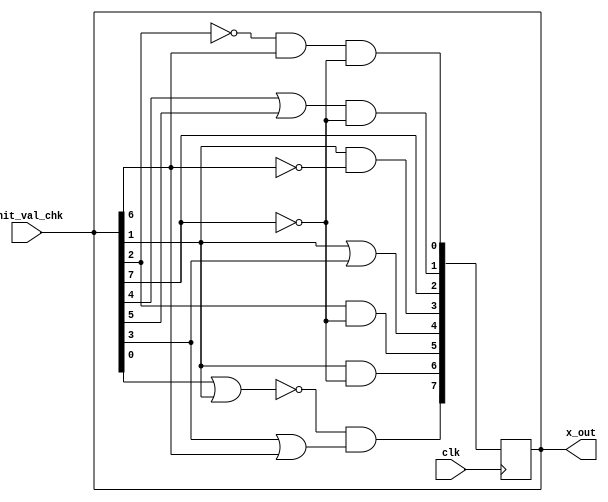
`timescale 1ns/100ps
module gene_net(clk, init_val_chk, x_out);
	input wire clk;					//clock signal
	input wire [7:0] init_val_chk;	//init value
	output reg [7:0] x_out;			//x[t+1]
	reg [7:0] state;				//x[t]
	reg [7:0] x;					//temporary value

	always @(init_val_chk)	begin	//if init val changed
		x_out = init_val_chk;		//set x[t] == init val
	end

	always @(posedge clk)	begin		//synchronized with positive edge clock signal
		state = x_out;
		x[0] = ~state[2] & state[6] & ~state[7];
		x[1] = (state[4] | state[5]) & ~state[7];
		x[2] = state[7];
		x[3] = state[1] & ~state[6];
		x[4] = state[1] | state[3];
		x[5] = state[2] & ~state[7];
		x[6] = state[1] & ~state[7];
		x[7] = ~(state[0] | state[1]) & (state[3] | state[6]);
		x_out = x;
	end

endmodule